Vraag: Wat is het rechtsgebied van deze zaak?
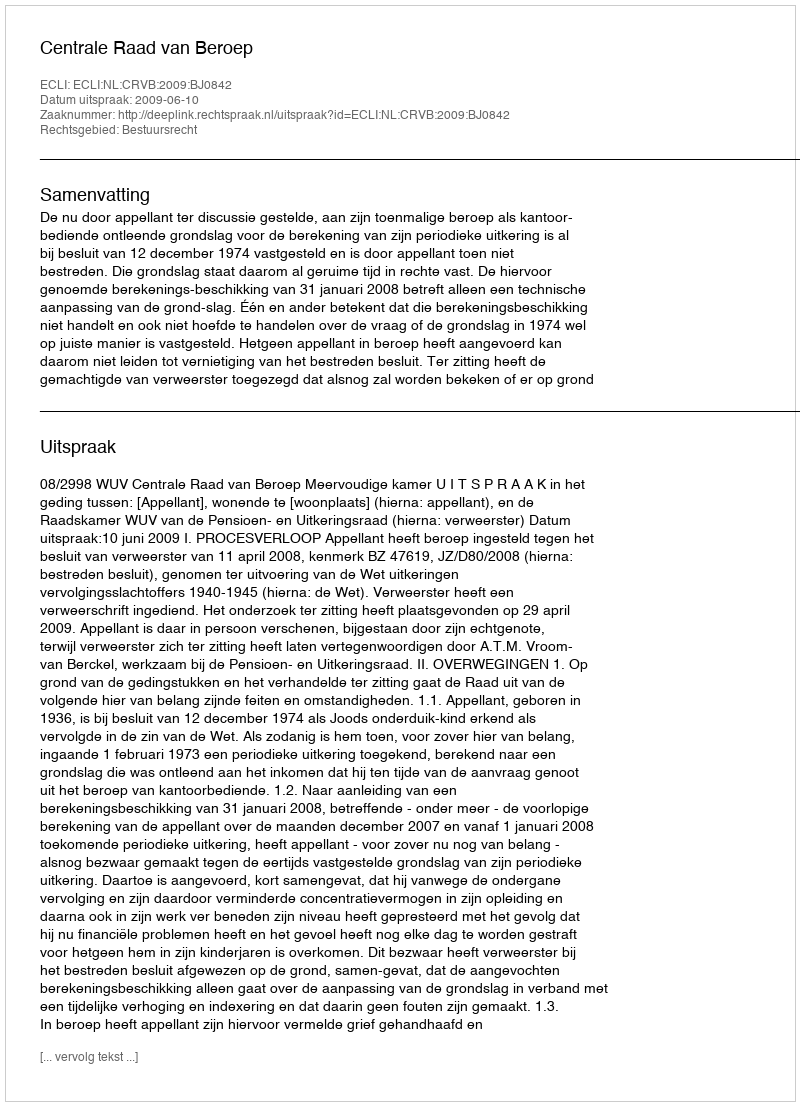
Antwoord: Bestuursrecht